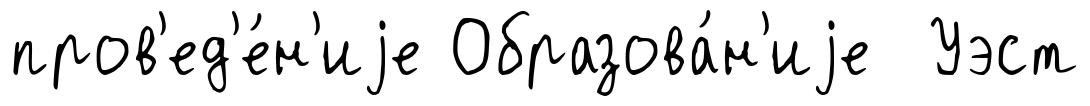
пров'ед'е́н'иjе Образова́н'иjе Уэст